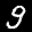
Label: 9